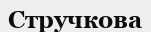
Стручкова